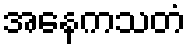
အနေကသတံ